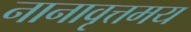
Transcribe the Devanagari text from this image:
नानावृत्तमय